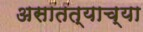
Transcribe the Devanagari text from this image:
असातत्याच्या